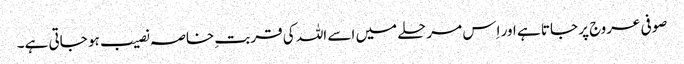
صوفی عروج پر جاتا ہے اور اِس مرحلے میں اسے اللہ کی قربتِ خاصہ نصیب ہو جاتی ہے۔